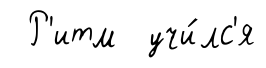
Р'итм учи́лс'я